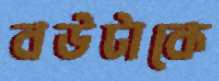
বউটাকে